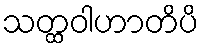
သတ္ထဝါဟာတိပိ